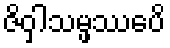
ဇိဝှါသမ္ဖဿေပိ